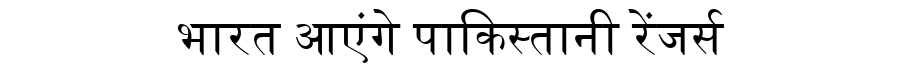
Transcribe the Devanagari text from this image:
भारत आएंगे पाकिस्तानी रेंजर्स